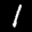
Label: 1